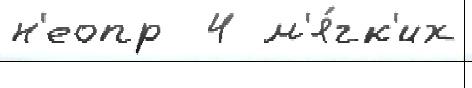
н'еопр  4 м'я́гк'их